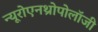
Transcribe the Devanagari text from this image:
न्यूरोएनथ्रोपोलॉजी